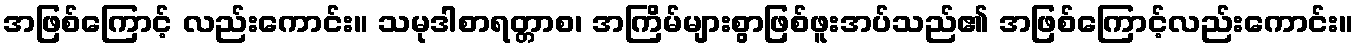
အဖြစ်ကြောင့် လည်းကောင်း။ သမုဒါစာရတ္တာစ၊ အကြိမ်များစွာဖြစ်ဖူးအပ်သည်၏ အဖြစ်ကြောင့်လည်းကောင်း။